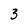
Character: 3